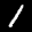
Label: 1